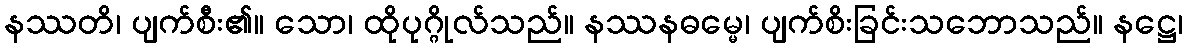
နဿတိ၊ ပျက်စီး၏။ သော၊ ထိုပုဂ္ဂိုလ်သည်။ နဿနဓမ္မေ၊ ပျက်စိးခြင်းသဘောသည်။ နဋ္ဌေ၊